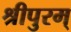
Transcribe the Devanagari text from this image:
श्रीपुरम्